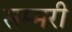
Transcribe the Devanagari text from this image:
सम्मरी